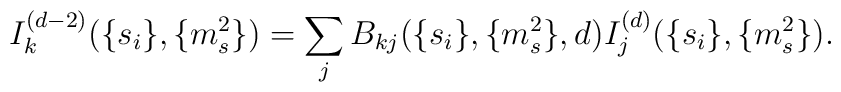
I_k^{(d-2)}(\{s_i\},\{m_s^2 \})=\sum_{j} B_{kj}(\{s_i\},\{m_s^2 \},d)I_j^{(d)}(\{s_i\},\{m_s^2 \}).